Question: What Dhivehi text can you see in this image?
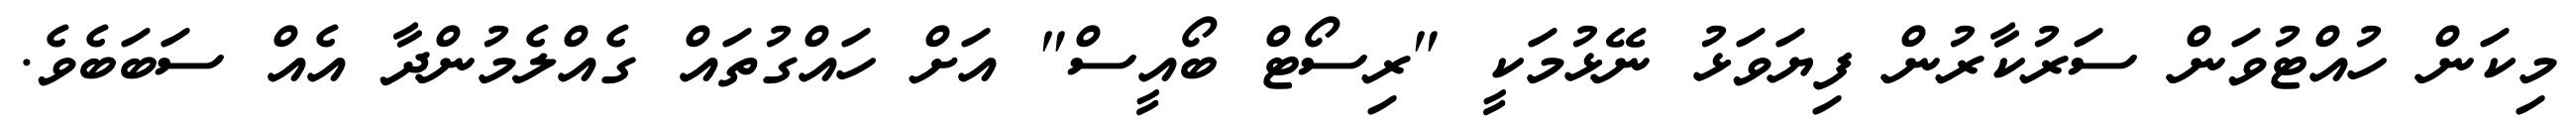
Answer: މިކަން ހުއްޓުވަން ސަރުކާރުން ފިޔަވަޅު ނޭޅުމަކީ "ރިސޯޓް ބޯއީސް" އަށް ހައްގުތައް ގެއްލެމުންދާ އެއް ސަބަބެވެ.